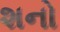
શનો